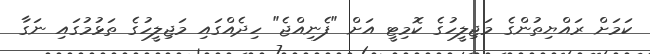
ކަމަށް ރައްޔިތުންގެ މަޖިލީހުގެ ކޮމިޓީ އަށް "ފެނިއްޖެ" ހިދެއްގައި މަޖިލީހުގެ ތަޅުމުގައި ނަގާ